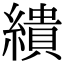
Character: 繢